Annual administration report of the Civil Veterinary Department of India - 1899-1900
Year: 1899
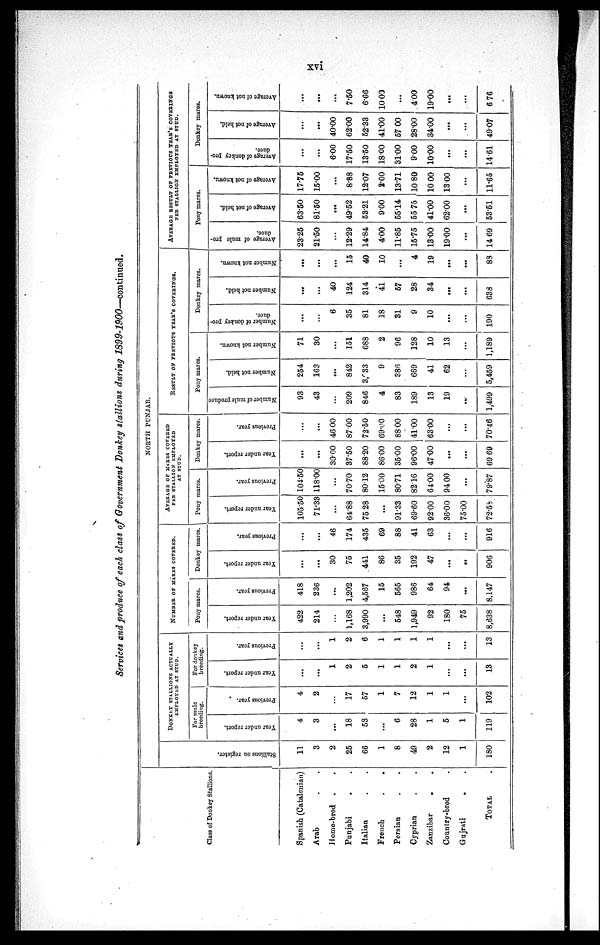
xvi
Services and produce of each class of Government Donkey stallions during 1899-1900—continued.
Class of Donkey Stallions.
Spanish (Catalonian)
Arab . .
Home-bred . .
Punjabi . .
Italian
French
.
.
Persian . .
Cyprian . .
Zanzibar
. .
Country-bred .
Gujrati
. .
TOTAL .
NORTH PUNJAB.
Stallions on register.
11
3
2
25
66
1
8
49
2
12
1
180
DONKEY STALLIONS ACTUALLY
EMPLOYED AT STUD.
For mule
breeding.
Year under report.
4
3
...
18
53
...
6
28
1
5
1
119
Previous year.
4
2
...
17
57
1
7
12
1
1
...
102
For donkey
breeding.
Year under report.
...
...
1
2
5
1
1
2
1
...
...
13
Previous year.
...
...
1
2
6
1
1
1
1
...
...
13
NUMBER OF MARES COVERED.
Pony mares.
Year under report.
422
214
...
1,168
3,990
...
548
1,949
92
180
75
8,638
Previous year.
418
236
...
1,202
4,567
15
565
986
64
94
...
8,147
Donkey mares.
Year under report.
...
...
30
75
441
86
35
192
47
...
..
906
Previous year.
...
...
46
174
435
69
88
41
63
...
...
916
AVERAGE OF MARES COVERED
PER STALLION EMPLOYED
AT STUD.
Pony mares.
Year under report.
105.50
71.33
...
64.88
75 28
...
91.33
69.60
92.00
36.00
75.00
72.58
Previous year.
104.50
118.00
...
70.70
8012
15.00
80.71
8216
6100
94 00
...
79.87
Donkey mares.
Year under report.
...
...
3000
37.50
88.20
86.00
35.00
96.00
47.00
...
...
69 69
Previous year.
...
...
46 00
8700
72.50
69.00
88.00
41.00
63.00
...
...
70.46
RESULT OF PREVIOUS YEAR'S COVERINGS.
Pony mares.
Number of mule produce
93
43
...
209
846
4
83
189
13
19
......
1,499
Number not held.
254
163
...
842
3,633
9
386
669
41
62
...
5,459
Number not known.
71
30
...
151
688
2
96
128
10
13
...
1,189
Donkey mares.
Number of donkey pro-
duce.
...
...
6
35
81
18
31
9
10
...
...
190
Number not held.
...
...
40
124
314
41
57
28
34
....
...
638
Number not known.
......
...
...
15
40
10
...
4
19
...
...
83
AVERAGE RESULT OF PREVIOUS YEAR'S COVERINGS
PER STALLION EMPLOYED AT STUD.
Pony mares.
Average of mule pro-
duce.
23.25
21.50
...
12.29
14.84
4.00
11.85
15.75
13.00
19. 00
...
14 69
Average of not held.
63.50
81.50
...
49.52
53.21
9.00
55.14
55 75
41.00
62.00
...
53.51
Average of not known.
17.75
15.00
...
8.88
12.07
2.00
13.71
10 80
10 00
1300
...
11.65
Donkey mares.
Average of donkey pro-
duce.
...
...
6.00
17.50
13.50
1800
31.00
900
10.00
...
...
14.61
Average of not held.
...
...
40.00
62.00
52.33
41.00
57 00
28.00
34.00
...
...
49.07
Average of not known.
...
...
...
7.50
6.66
10.00
...
400
19.00
...
...
6 76